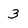
Character: 3